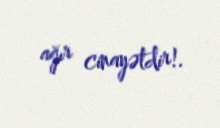
ağır cinayətdir!.